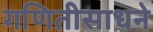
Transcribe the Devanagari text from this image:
गणितीसाधने